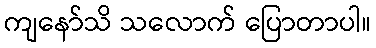
ကျနော်သိ သလောက် ပြောတာပါ။